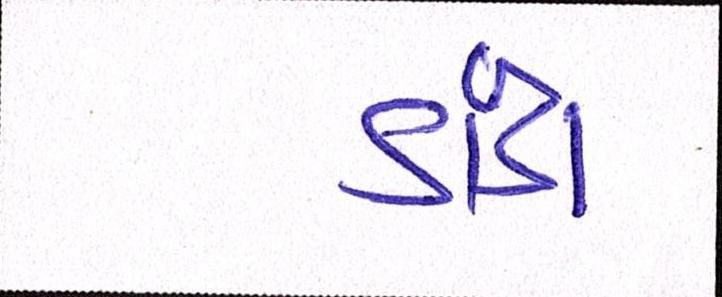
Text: કાંડા